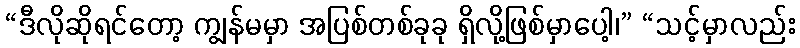
“ဒီလိုဆိုရင်တော့ ကျွန်မမှာ အပြစ်တစ်ခုခု ရှိလို့ဖြစ်မှာပေါ့၊” “သင့်မှာလည်း